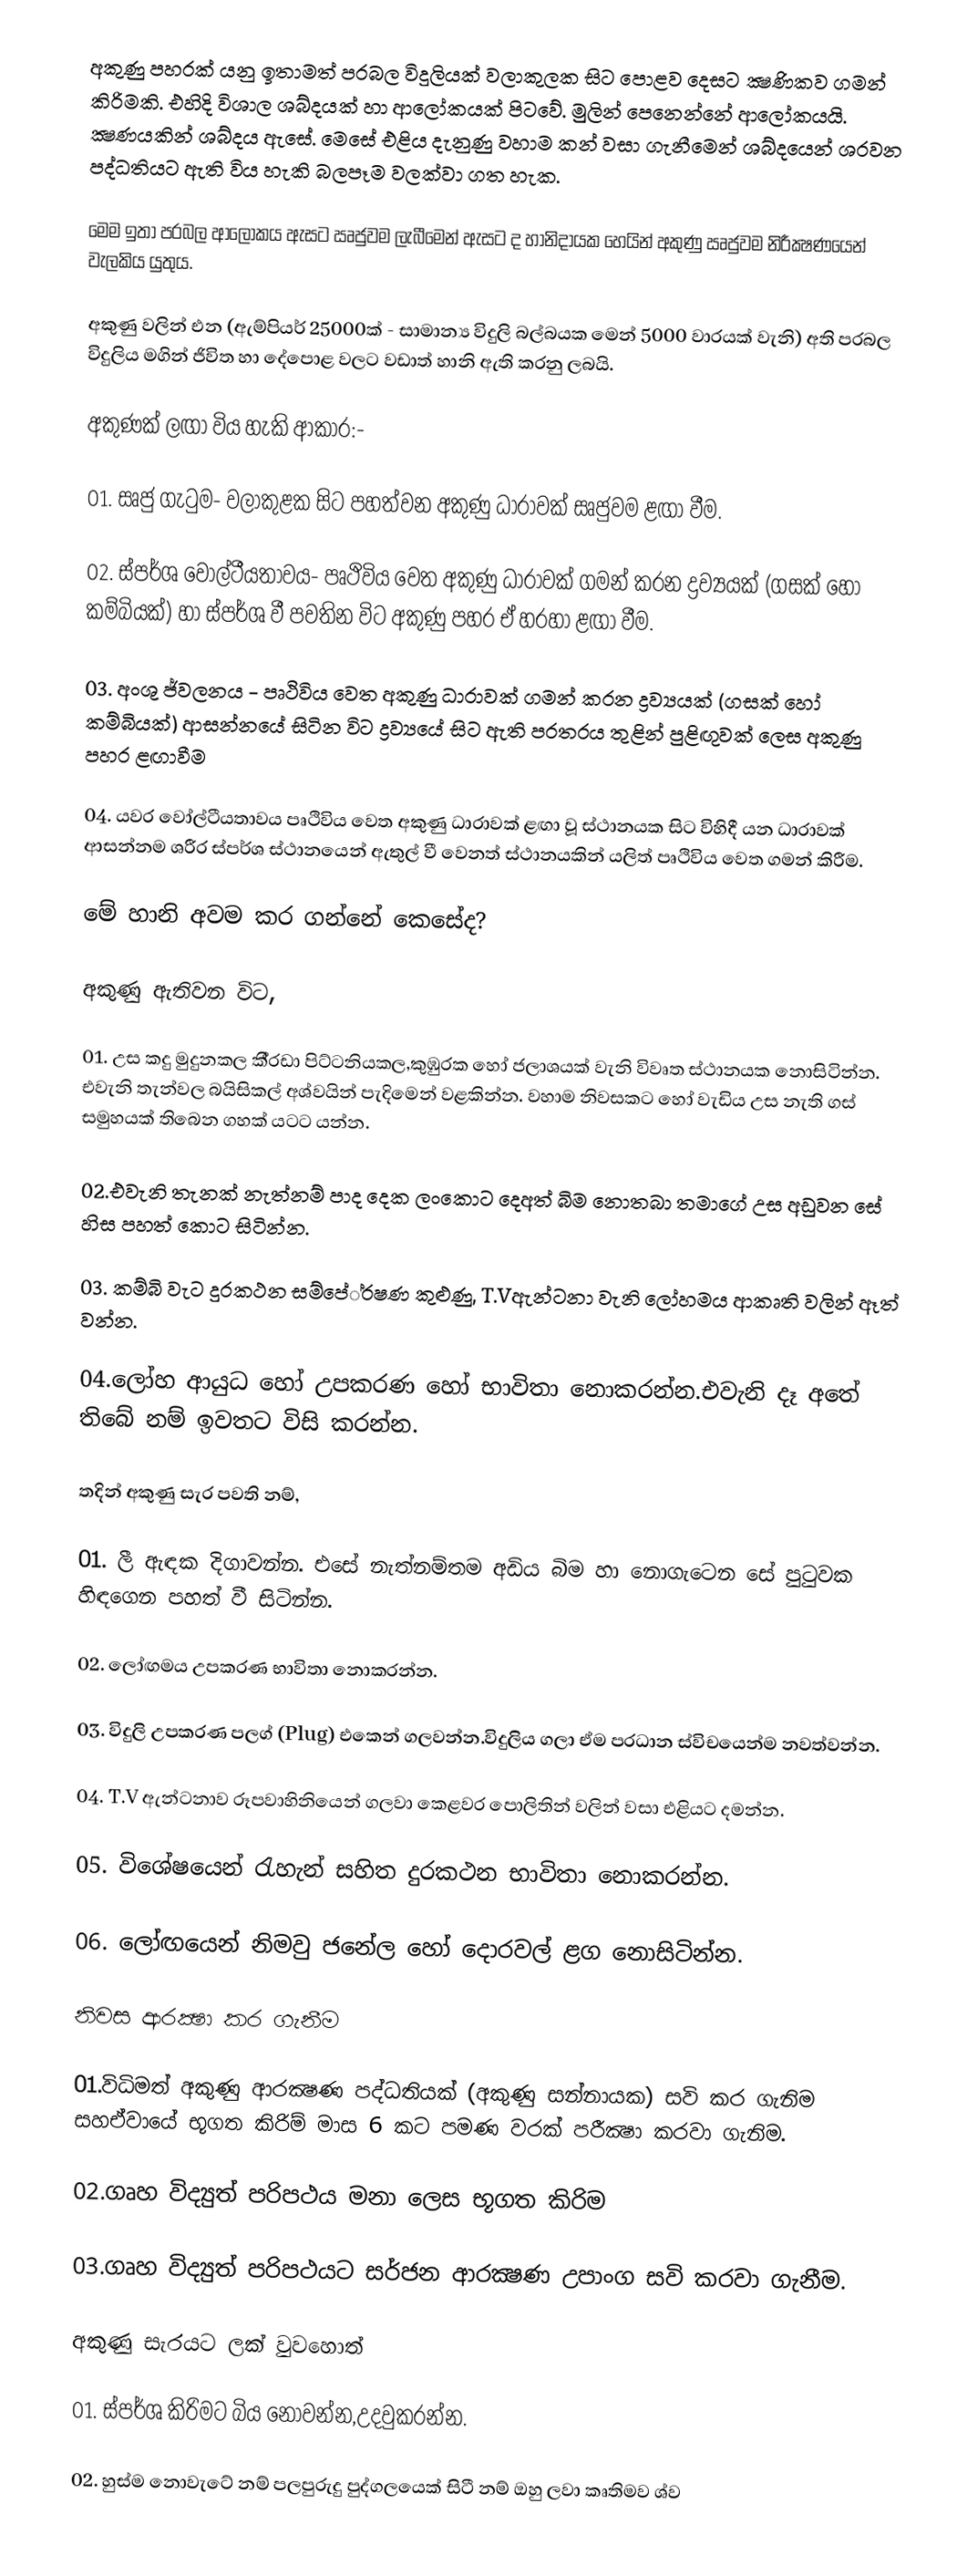
අකුණු පහරක් යනු ඉතාමත් ප‍්‍රබල විදුලියක් වලාකුලක සිට පොළව දෙසට ක්‍ෂණිකව ගමන් කිරිමකි. එහිදි විශාල ශබ්දයක් හා ආලෝකයක් පිටවේ. මුලින් පෙනෙන්නේ ආලෝකයයි. ක්‍ෂණයකින් ශබ්දය ඇසේ. මෙසේ එළිය දැනුණු වහාම කන් වසා ගැනීමෙන් ශබ්දයෙන් ශ‍්‍රවන පද්ධතියට ඇති විය හැකි බලපෑම වලක්වා ගත හැක.

‍මෙම ඉතා ප‍්‍රබල ආලෝකය ඇසට ඍජුවම ලැබීමෙන් ඇසට ද හානිදායක හෙයින් අකුණු ඍජුවම නිරීක්‍ෂණයෙන් වැලකිය යුතුය.

අකුණු වලින් එන (ඇම්පියර් 25000ක් - සාමාන්‍ය විදුලි බල්බයක මෙන් 5000 වාරයක් වැනි) අති ප‍්‍රබල විදුලිය මගින් ජිවිත හා දේපොළ වලට වඩාත් හානි ඇති කරනු ලබයි.

අකුණක් ලඟා විය හැකි ආකාර:-

01. සෘජු ගැටුම- වලාකුළක සිට පහත්වන අකුණු ධාරාවක් සෘජුවම ළඟා වීම.

02. ස්පර්ශ වෝල්ටීයතාවය- පෘථිවිය වෙත අකුණු ධාරාවක් ගමන් කරන ද්‍රව්‍යයක් (ගසක් හෝ කම්බියක්) හා ස්පර්ශ වී පවතින විට අකුණු පහර ඒ හරහා ළඟා වීම.

03. අංශු ජ්වලනය - පෘථිවිය වෙත අකුණු ධාරාවක් ගමන් කරන ද්‍රව්‍යයක් (ගසක් හෝ කම්බියක්) ආසන්නයේ සිටින විට ද්‍රව්‍යයේ සිට ඇති පරතරය තුළින් පුළිඟුවක් ලෙස අකුණු පහර ළඟාවීම

04. යවර වෝල්ටීයතාවය පෘථිවිය වෙත අකුණු ධාරාවක් ළඟා වූ ස්ථානයක සිට විහිදී යන ධාරාවක් ආසන්නම ශරීර ස්පර්ශ ස්ථානයෙන් ඇතුල් වී වෙනත් ස්ථානයකින් යලිත් පෘථිවිය වෙත ගමන් කිරීම.

මේ හානි අවම කර ගන්නේ කෙසේද?

අකුණු ඇතිවන විට,

01. උස කදු මුදුනකල කී‍්‍රඩා පිට්ටනියකල,කුඹුරක හෝ ජලාශයක් වැනි විවෘත ස්ථානයක නොසිටින්න. එවැනි තැන්වල බයිසිකල් අශ්වයින් පැදිමෙන් වළකින්න. වහාම නිවසකට හෝ වැඩිය උස නැති ගස් සමුහයක් තිබෙන ගහක් යටට යන්න.

02.එවැනි තැනක් නැත්නම් පාද දෙක ලංකොට දෙඅත් බිම නොතබා තමාගේ උස අඩුවන සේ හිස පහත් කොට සිටින්න.

03. කම්බි වැට දුරකථන සම්පේ‍්‍රෂණ කුළුණු, T.Vඇන්ටනා වැනි ලෝහමය ආකෘති වලින් ඈත් වන්න.

04.ලෝහ ආයුධ හෝ උපකරණ හෝ භාවිතා නොකරන්න.එවැනි දෑ අතේ තිබේ නම් ඉවතට විසි කරන්න.

තදින් අකුණු සැර පවති නම්,

01. ලී ඇඳක දිගාවන්න. එසේ නැත්නම්තම අඩිය බිම හා නොගැටෙන සේ පුටුවක හිඳගෙන පහත් වී සිටින්න.

02. ලෝඟමය උපකරණ භාවිතා නොකරන්න.

03. විදුලි උපකරණ පලග් (Plug) එකෙන් ගලවන්න.විදුලිය ගලා ඒම ප‍්‍රධාන ස්විචයෙන්ම නවත්වන්න.

04. T.V ඇන්ටනාව රූපවාහිනියෙන් ගලවා කෙළවර පොලිතින් වලින් වසා එළියට දමන්න.

05. විශේෂයෙන් රැහැන් සහිත දුරකථන භාවිතා නොකරන්න.

06. ලෝඟයෙන් නිමවු ජනේල හෝ දොරවල් ළග නොසිටින්න.

නිවස ආරක්‍ෂා කර ගැනීම

01.විධිමත් අකුණු ආරක්‍ෂණ පද්ධතියක් (අකුණු සන්නායක) සවි කර ගැනිම සහඒවායේ භූගත කිරිම් මාස 6 කට පමණ වරක් පරීක්‍ෂා කරවා ගැනිම.

02.ගෘහ විද්‍යුත් පරිපථය මනා ලෙස භූගත කිරිම

03.ගෘහ විද්‍යුත් පරිපථයට සර්ජන ආරක්‍ෂණ උපාංග සවි කරවා ගැනීම.

අකුණු සැරයට ලක් වුවහොත්

01. ස්පර්ශ කිරිමට බිය නොවන්න,උදවුකරන්න.

02. හුස්ම නොවැටේ නම් පලපුරුදු පුද්ගලයෙක් සිටී නම් ඔහු ලවා කෘතිමව ශ්ව